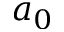
a _ { 0 }